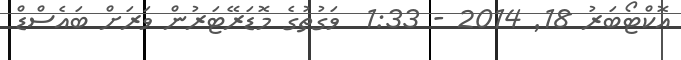
އޮކްޓޯބަރު 18